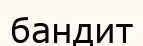
бандит